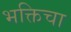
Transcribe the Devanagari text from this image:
भक्तिचा